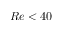
R e < 4 0